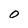
Character: O